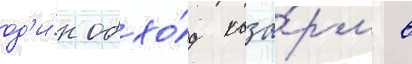
од'и́н обхо́д каза́рм в